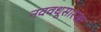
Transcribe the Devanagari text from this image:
नववधूसारखा